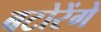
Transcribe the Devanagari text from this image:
बटोरेंगे